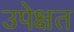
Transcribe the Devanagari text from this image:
उपेक्षत